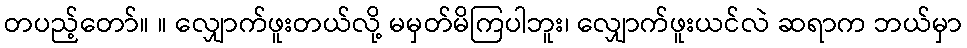
တပည့်တော်။ ။ လျှောက်ဖူးတယ်လို့ မမှတ်မိကြပါဘူး၊ လျှောက်ဖူးယင်လဲ ဆရာက ဘယ်မှာ